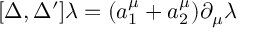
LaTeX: [ \Delta , \Delta ^ { \prime } ] \lambda = ( a _ { 1 } ^ { \mu } + a _ { 2 } ^ { \mu } ) \partial _ { \mu } \lambda